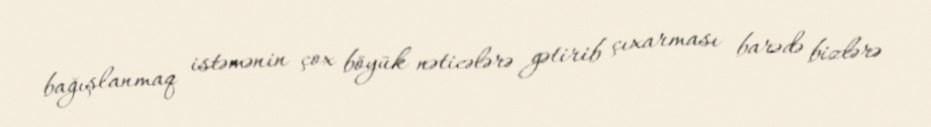
bağışlanmaq istəmənin çox böyük nəticələrə gətirib çıxarması barədə bizlərə